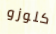
كلوزو